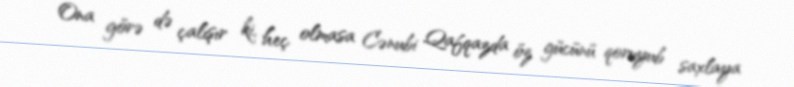
Ona görə də çalışır ki, heç olmasa Cənubi Qafqazda öz gücünü qoruyub saxlaya